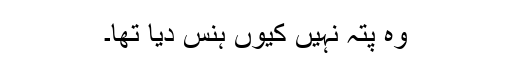
وہ پتہ نہیں کیوں ہنس دیا تھا۔